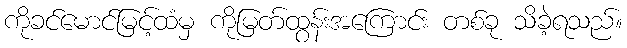
ကိုခင်မောင်မြင့်ထံမှ ကိုမြတ်ထွန်းအကြောင်း တစ်ခု သိခဲ့ရသည်။